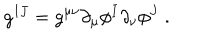
g ^ { I J } = g ^ { \mu \nu } \partial _ { \mu } \phi ^ { I } \partial _ { \nu } \phi ^ { J } \; .